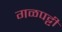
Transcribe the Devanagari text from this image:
गळपट्टी